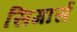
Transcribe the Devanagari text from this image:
सिगार्स